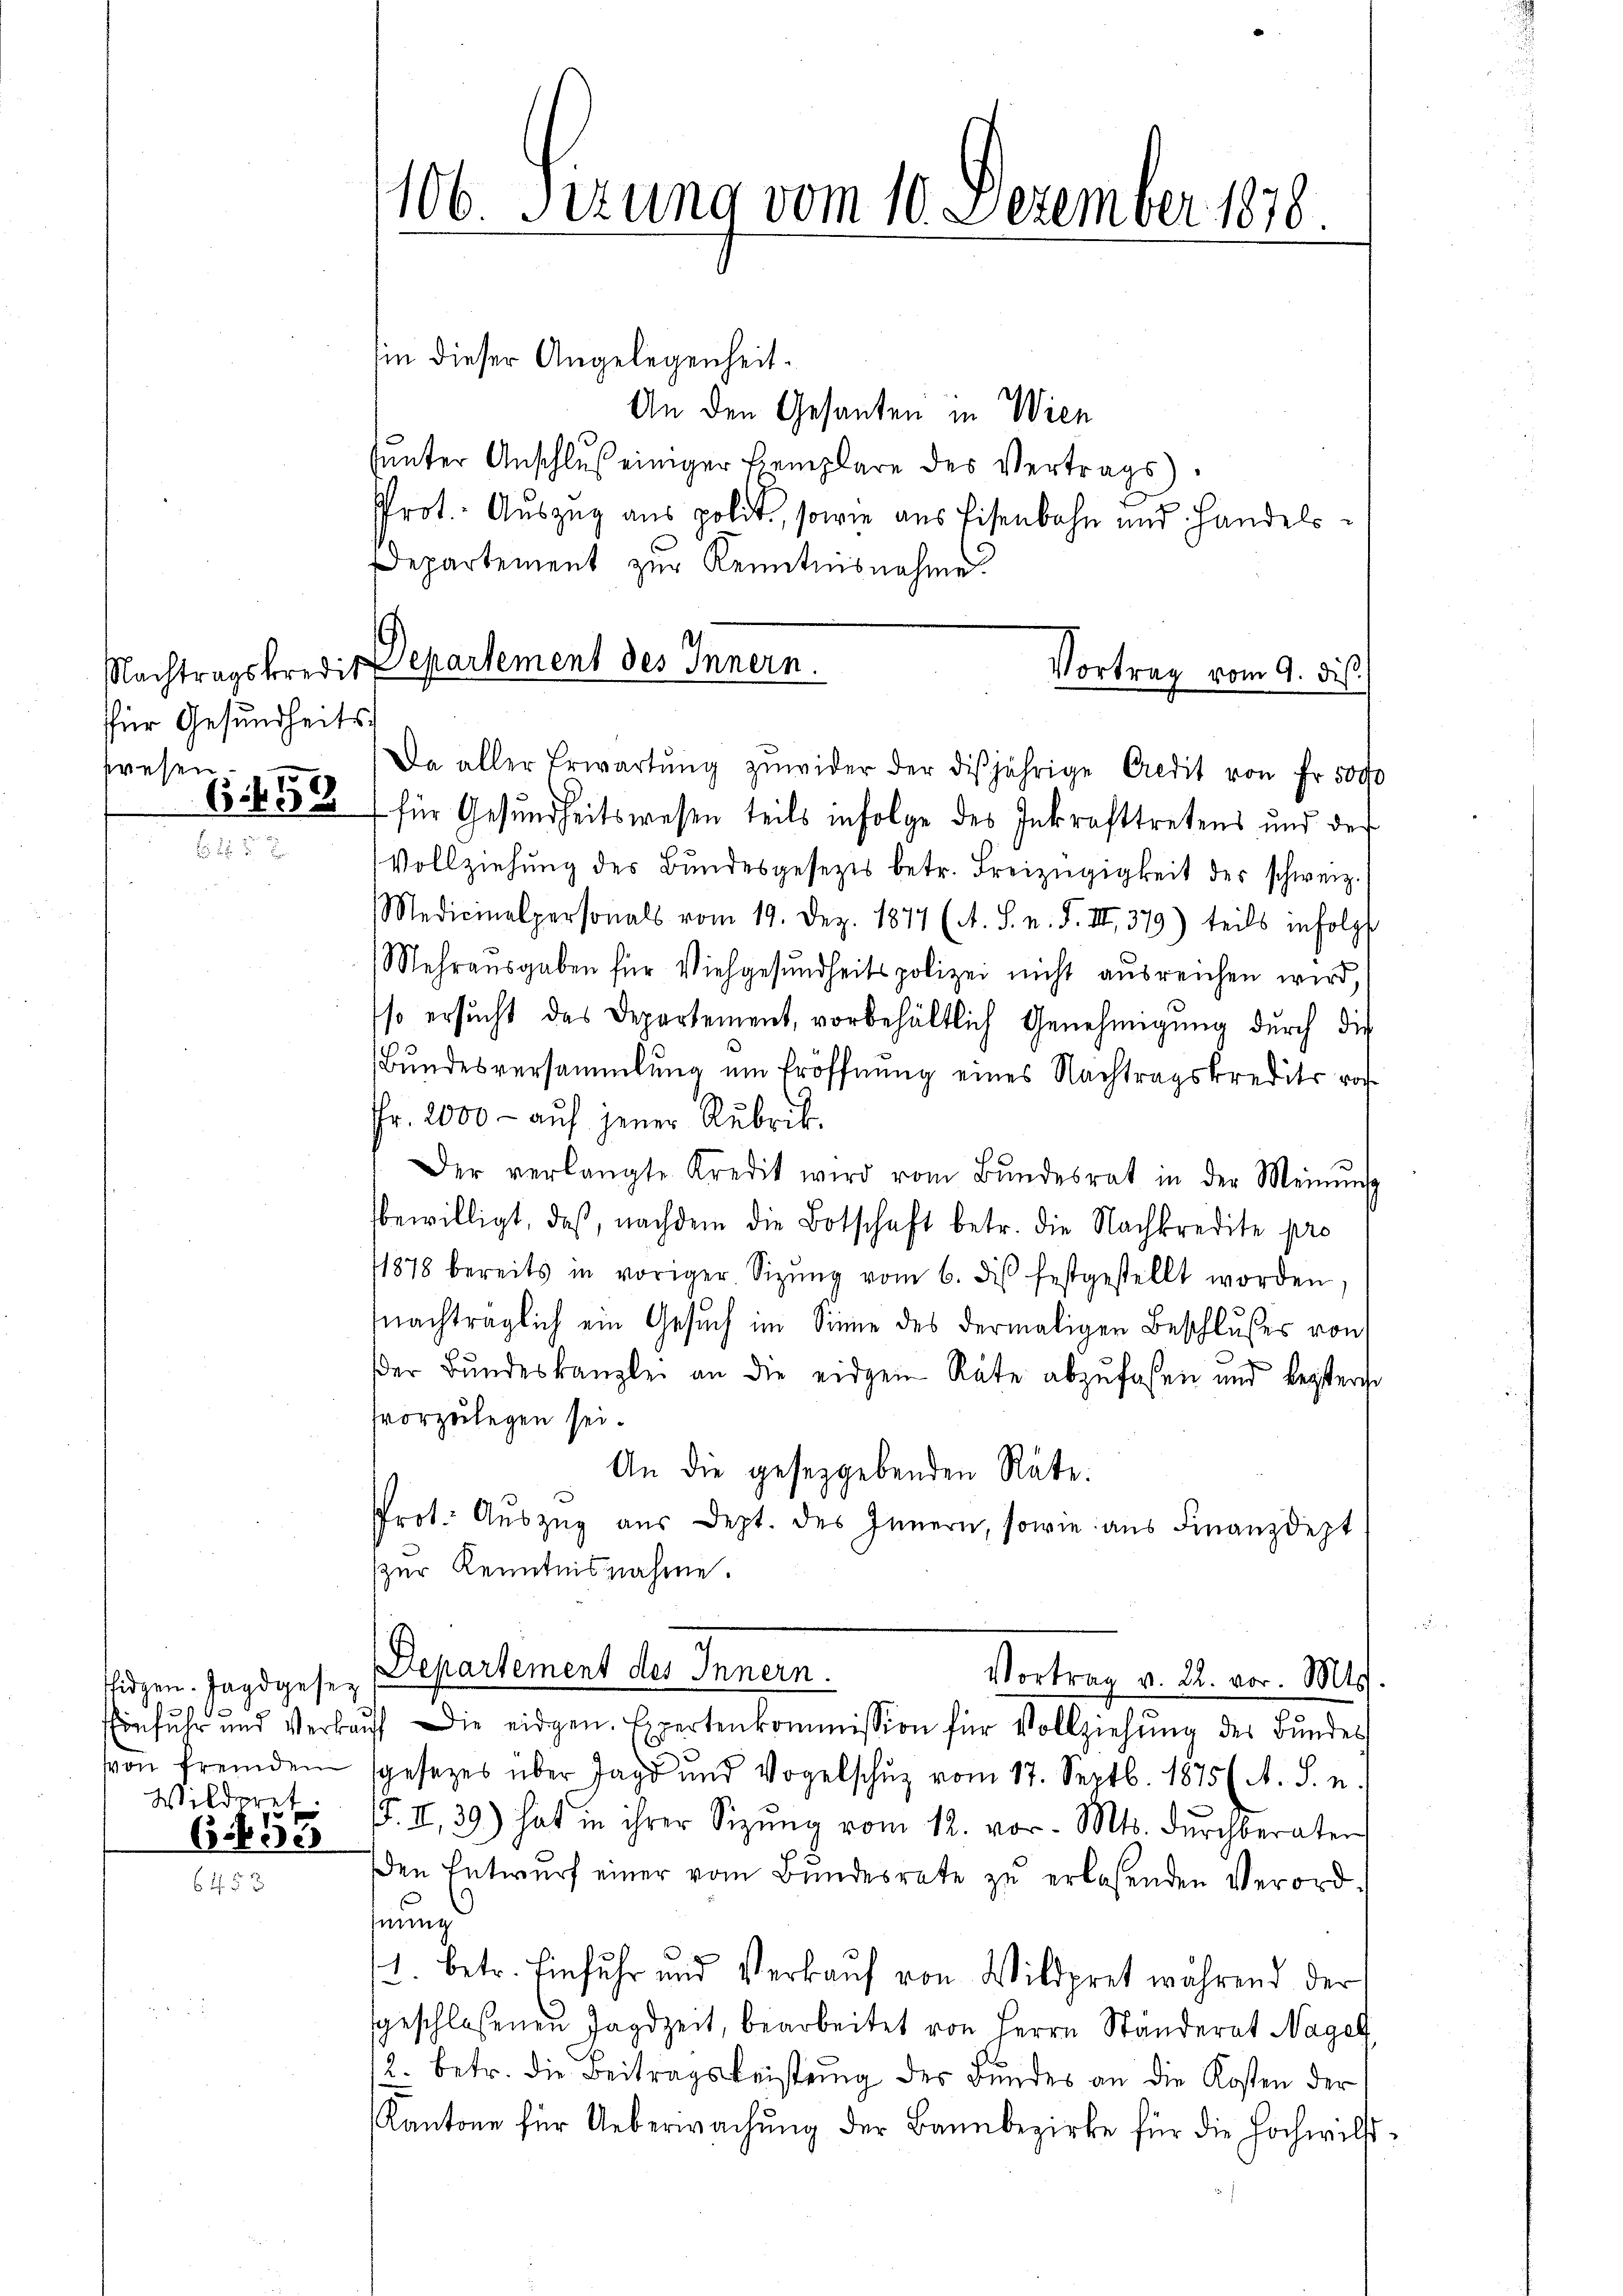
für Gesundheitspresen.
5

idgen. Jagdgesez
Einfuhr und Verka
von fremden
Wilderet.
6. 453

106. Sizung vom 10. Dezember 1870

sin dieser Angelegenheit.
An den Gesanten in Wien
sunter Anschluß einiger Exemplare des Vertrags¬
Prot. Auszug aus polit, sowie aus Eisenbahn und Handelsdepartement zŭr Kenntnisnahme
65. 433 für Gesundheitswesen teils infolge des Inkrafttretens und des
Vollziehung des Bundesgesezes betr. Freizügigkeit des schweiz.
Medicinalpersonals vom 19. Dez. 1877 (A. S. n. F. III 379) teils infolgt
Mehraŭsgaben für Viehgesundheitspolizei nicht ausreichen wird,
so ersŭcht das Departement, vorbehältlich Genehmigŭng durch die
Bundesversammlung um Eröffnung eines Nachtragskredits vo
Fr. 2000 - auf jener Rubrik.
Der verlangte Kredit wird vom Bŭndesrat in der Meinung
bewilligt, daß, nachdem die Botschaft betr. die Nachkredite pro
11878 bereits in voriger Sizŭng vom 6. des festgestellt worden,
nachträglich ein Gesuch im Sinne des dermaligen Beschlußes von
der Bŭndeskanzlei an die eidgen Räte abzufassen und beysterte
vvorzulegen sei.
An die gesetzgebenden Räte.
Prot. Aŭszŭg aŭs dept. des Innern, sowie aus Finanzdept
zur Kenntnisnahme.
Departement des Innern.
Vortrag v. 22. vor. Mts.
uf Die eidgen. Expertenkommission für Vollziehung des Bundes
gesezes über Jagd und Vogelschuz vom 17. Septb. 1875 (N. S. n.
. II.39) hat in ihrer Sitzŭng vom 12. vor. Mts. dŭrchberaten
den Entwurf einer vom Bundesrate zu erlassenden Verordnung
1. betr. Einfuhr und Verkaŭf von Wildpret während der
geschlossenen Jagdzeit, bearbeitet von Herrn Ständerat Nagel
12. betr. die Beitragsleistŭng der Bundes an die Kosten der
Kantone für Ueberwachŭng der Bannbezirke für die Hochwild¬

.
Nachtragskredit partement des Innern.

Vortrag vom 9. dis
Da aller Erwartŭng zŭwider der diesjährige Credit von fr. 5000